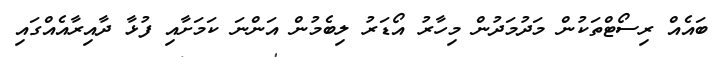
ބައެއް ރިސޯޓްތަކުން މަދުމަދުން މިހާރު އޯޑަރު ލިބެމުން އަންނަ ކަމަށާއި ފުޅާ ދާއިރާއެއްގައި